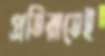
প্রতিরাতেই